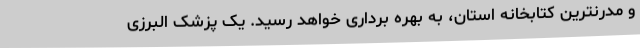
و مدرنترین کتابخانه استان، به بهره برداری خواهد رسید. یک پزشک البرزی